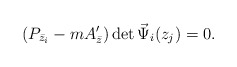
\begin{align*}(P_{\bar z_i}-mA^{\prime}_{\bar z}) \det {\vec \Psi}_i(z_j)=0.\end{align*}